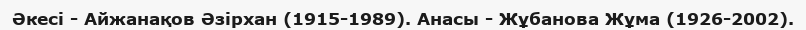
Әкесі - Айжанақов Әзірхан (1915-1989). Анасы - Жұбанова Жұма (1926-2002).